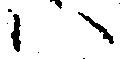
ハ